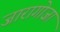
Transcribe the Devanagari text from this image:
जारागोजा